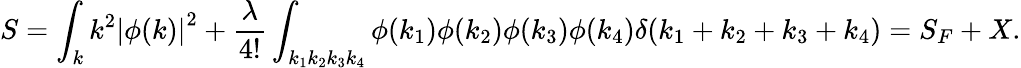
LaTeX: S=\int_{k}k^{2}\left|\phi(k)\right|^{2}+{\frac{\lambda}{4!}}\int_{k_{1}k_{2}k_{3}k_{4}}\phi(k_{1})\phi(k_{2})\phi(k_{3})\phi(k_{4})\delta(k_{1}+k_{2}+k_{3}+k_{4})=S_{F}+X.